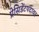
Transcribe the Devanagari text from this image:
प्रेसिडेंटपदावर